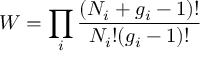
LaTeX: W = \prod _ { i } { \frac { ( N _ { i } + g _ { i } - 1 ) ! } { N _ { i } ! ( g _ { i } - 1 ) ! } }